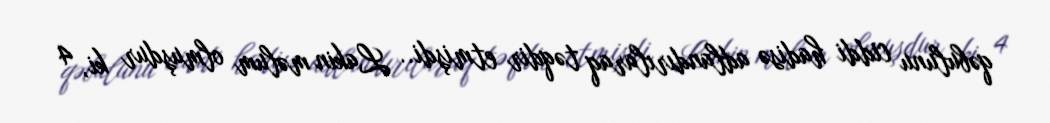
qəbulunu ciddi hadisə adlandırılaraq təqdir etmişdi.. Lakin məlum olmuşdur ki, 4